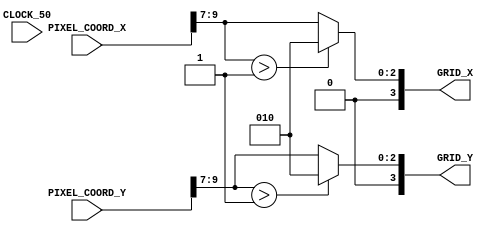

module GRID_SELECTOR(
CLOCK_50,
PIXEL_COORD_X,
PIXEL_COORD_Y,
GRID_X,
GRID_Y);


input CLOCK_50;
input wire [9:0] PIXEL_COORD_X;
input wire [9:0] PIXEL_COORD_Y;
output reg [3:0] GRID_X;
output reg [3:0] GRID_Y;




always @ (*) begin
	GRID_X = PIXEL_COORD_X >>>7;
	GRID_Y = PIXEL_COORD_Y >>>7;
	if (GRID_X>4'd1) begin
		GRID_X = 4'd2;
	end
	if (GRID_Y>4'd1) begin
		GRID_Y = 4'd2;
	end
end

	
endmodule